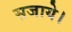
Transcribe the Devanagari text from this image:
सजाये।